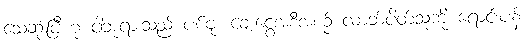
သေဆုံးပြီဟု ငါဘုရားသည် ပစ်ဗုံး ချေးငွေအစီအစဉ် လာဘ်ပိတ်သူကို ရောင်းပန်း